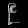
Digit: ၉